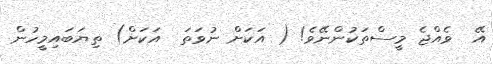
އޭ  ވެއްޖެ މީސްތަކުންނޭވެ! ( އަކަށް ނުވަތަ  އަކަށް) ތިޔަބައިމީހުން